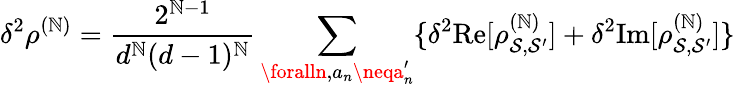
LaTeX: \delta^{2}\rho^{(\mathbb{N})}=\frac{{2^{\mathbb{N}-1}}}{{d^{\mathbb{N}}(d-1)^{\mathbb{N}}}}\sum_{\foralln,a_{n}\neqa_{n}^{\prime}}\{ \delta^{2}\mathrm{{Re}}[\rho_{\mathcal{{S}},\mathcal{{S}}^{\prime}}^{(\mathbb{N})}]+\delta^{2}\mathrm{{Im}}[\rho_{\mathcal{{S}},\mathcal{{S}}^{\prime}}^{(\mathbb{N})}]\}